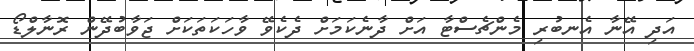
އަދި އޭނާ އެނބުރި މެންޗެސްޓާ އަށް ދާނެކަމަށް ދެކެވޭ ވާހަކަތަކަށް ޖަވާބުދޭން ރޮނާލްޑޯ